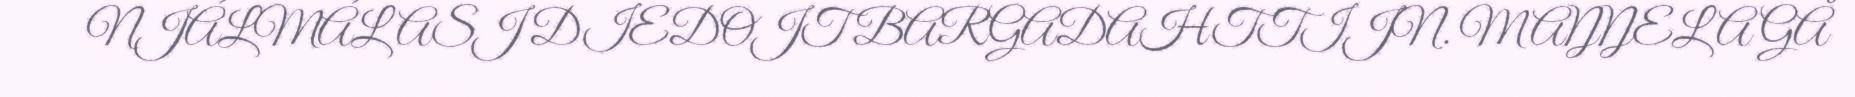
NJÁLMÁLASJ DIEDOJT BARGADAHTTIJN. MAŊŊELA GÅ